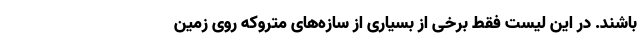
باشند. در این لیست فقط برخی از بسیاری از سازه‌های متروکه روی زمین